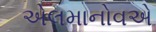
એલમાનોવએ